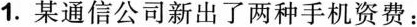
1.某通信公司新出了两种手机资费：